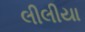
લીલીયા